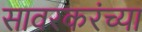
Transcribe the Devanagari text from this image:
सावरकरंच्या